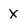
Character: X